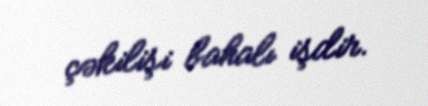
çəkilişi bahalı işdir.